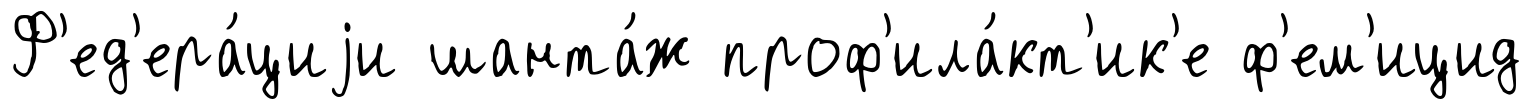
Ф'ед'ера́циjи шанта́ж проф'ила́кт'ик'е ф'ем'ицид